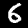
Label: 6